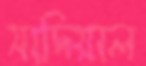
সাদিয়াল